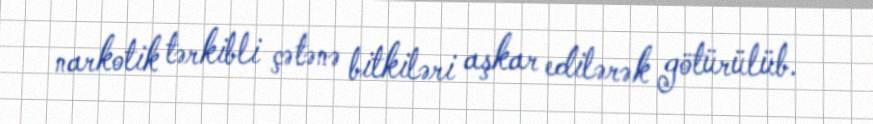
narkotik tərkibli çətənə bitkiləri aşkar edilərək götürülüb.